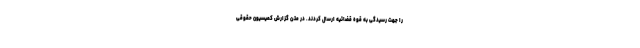
را جهت رسیدگی به قوه قضائیه ارسال کردند. در متن گزارش کمیسیون حقوقی